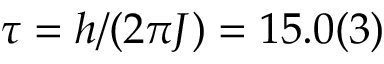
\tau = h / ( 2 \pi J ) = 1 5 . 0 ( 3 )